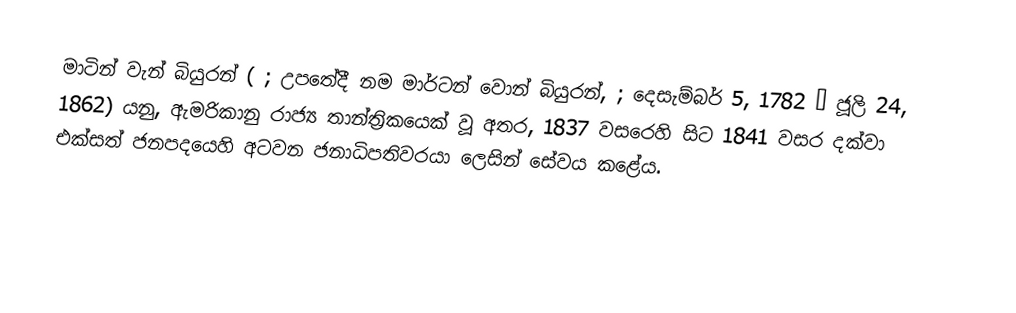
මාටින් වැන් බියුරන් ( ; උපතේදී නම මාර්ටන් වොන් බියුරන්, ; දෙසැම්බර් 5, 1782 – ජූලි 24, 1862) යනු,  ඇමරිකානු රාජ්‍ය තාන්ත්‍රිකයෙක් වූ අතර, 1837 වසරෙහි සිට 1841 වසර දක්වා එක්සත් ජනපදයෙහි අටවන ජනාධිපතිවරයා ලෙසින් සේවය කළේය.